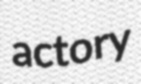
actory